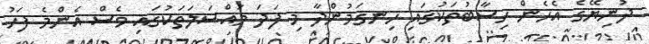
ދުނިޔޭގެ އެހެން ހިސާބުތަކުގައި ހިނގަމުންދާ މި ފަދަ މައްސަލަތަކުގައި ވެސް އެންމެ ފަހު